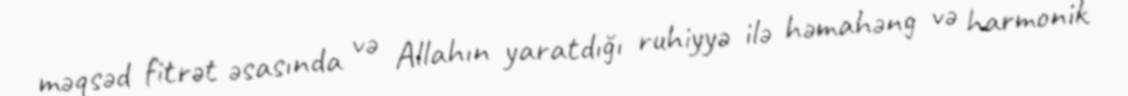
məqsəd fitrət əsasında və Allahın yaratdığı ruhiyyə ilə həmahəng və harmonik